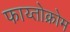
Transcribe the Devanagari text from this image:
फाय्तोक्रोम